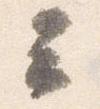
云